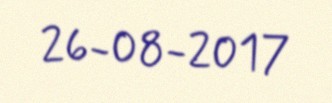
26-08-2017